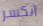
انكسر